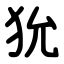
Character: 狁